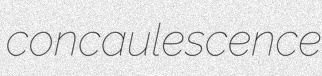
concaulescence